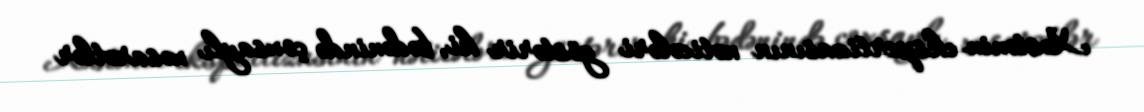
Xəstənin ekspertizasının nəticələri göstərir ki, bədənində çoxsaylı xəsarətlər